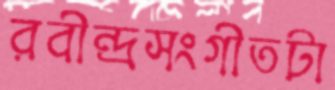
রবীন্দ্রসংগীতটা